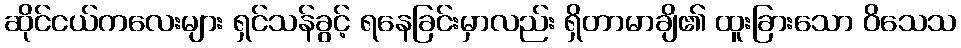
ဆိုင်ငယ်ကလေးများ ရှင်သန်ခွင့် ရနေခြင်းမှာလည်း ရှိတာမာချိ၏ ထူးခြားသော ဝိသေသ